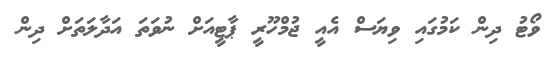
ވޯޓު ދިން ކަމުގައި ވިޔަސް އެއީ ޖުމްހޫރީ ޕާޓީއަށް ނުވަތަ އަދާލަތަށް ދިން